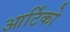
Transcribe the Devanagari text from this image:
आर्टिको